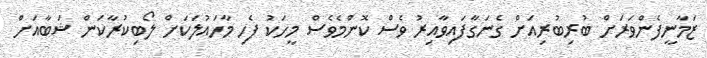
ޒަމާނީފެންވަރަށް ބުރިބުރިއަށް ގެނަގާފައިވާއިރު ވެސް ކޮންމެވެސް މީހަކު ފެހި މާހައުލަކަށް ލޯބިކުރާކަން ޝަބާއަށް